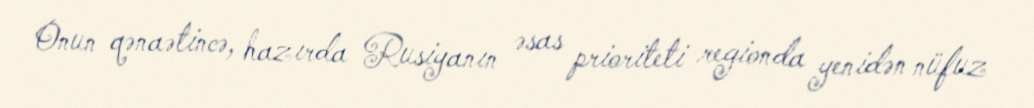
Onun qənaətincə, hazırda Rusiyanın əsas prioriteti regionda yenidən nüfuz